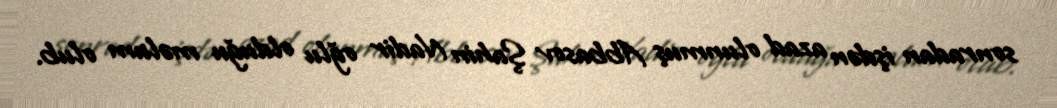
sonradan işdən azad olunmuş Abbasov Şahin Nadir oğlu olduğu məlum olub.